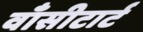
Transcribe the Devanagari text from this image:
वाँसीटार्ट